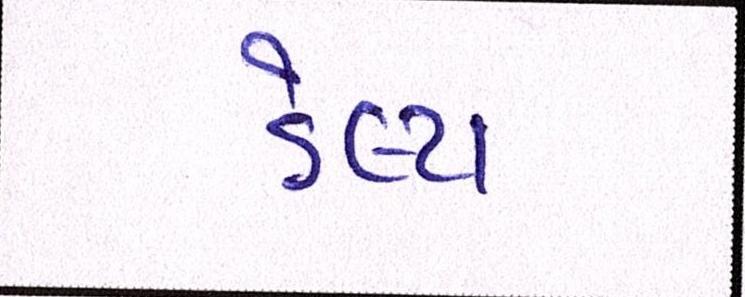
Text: ડેલ્ટા